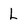
Character: L